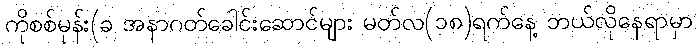
ကိုစစ်မုန်း(ခ အနာဂတ်ခေါင်းဆောင်များ မတ်လ(၁၈)ရက်နေ့ ဘယ်လိုနေရာမှာ